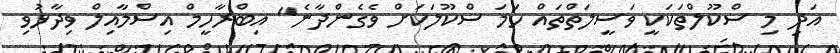
އަދި މި ސްކޫލްތަކަކީ ވަސީލަތްތައް ހަމަ ސްކޫލަކަށް ވެގެންދާނެ" އިބްރާހީމް އިސްމާއިލް ވިދާޅުވި